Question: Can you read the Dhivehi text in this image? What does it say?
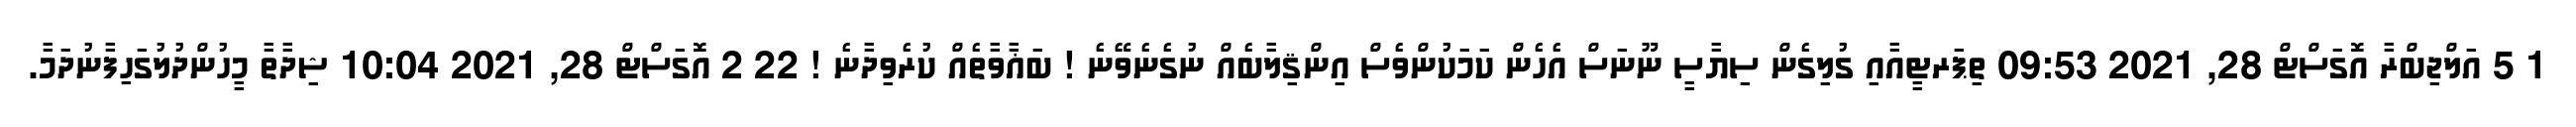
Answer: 1 5 އަލްޖިބްރާ އޮގަސްޓް 28, 2021 09:53 ތިޕަރޓީއާއި ގުލިގެން ސިޔާސީ ނޫނަސް އެހެން ކަމަކުންވެސް އިންޤިލާބެއް ނުގެނެވޭނެ ! ބަޣާވާތެއް ކުރެވިދާނެ ! 22 2 އޮގަސްޓް 28, 2021 10:04 ޝިދާތާ މީހުންދުލުގަހިފާނުދަމާ.